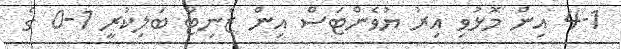
4-1 އިން މޮޅުވި އިރު ޔުވެންޓަސް އިން ޒެނިޓް ބަލިކުރީ 1-0 ގެ